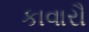
કાવારૌ